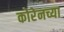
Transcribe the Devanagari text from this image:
कोरेनच्या